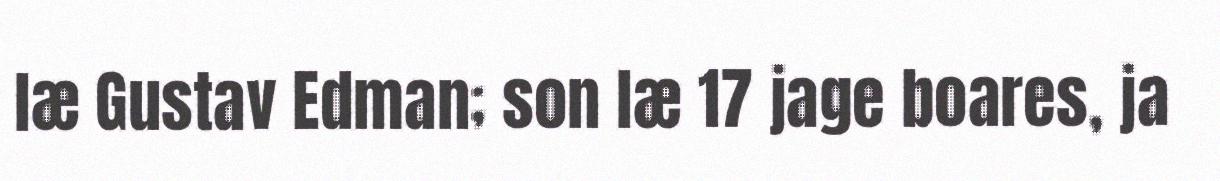
læ Gustav Edman; son læ 17 jage boares, ja